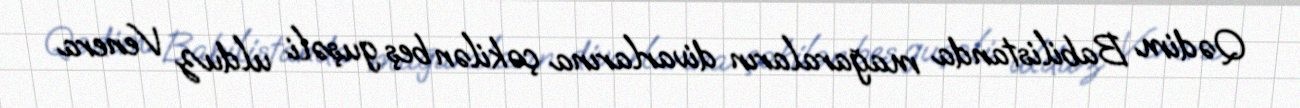
Qədim Babilistanda mağaraların divarlarına çəkilən beş guşəli ulduz Venera